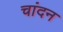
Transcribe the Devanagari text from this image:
चांदन